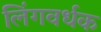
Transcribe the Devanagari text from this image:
लिंगवर्धक